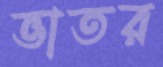
ভাতর